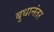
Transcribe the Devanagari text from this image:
बुधानंतर